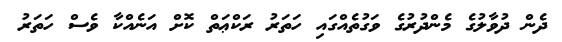
ދެން ދުވާލުގެ މެންދުރުގެ ވަގުތެއްގައި ހަތަރު ރަކްޢަތް ކޮށް އަނެއްކާ ވެސް ހަތަރު